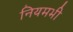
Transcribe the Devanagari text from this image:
नियमभी